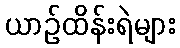
ယာဉ်ထိန်းရဲများ